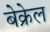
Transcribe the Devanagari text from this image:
बेक्रेल